Civil Veterinary Dept. Bombay admin report 1923-31 - 1923-1931
Year: 1923
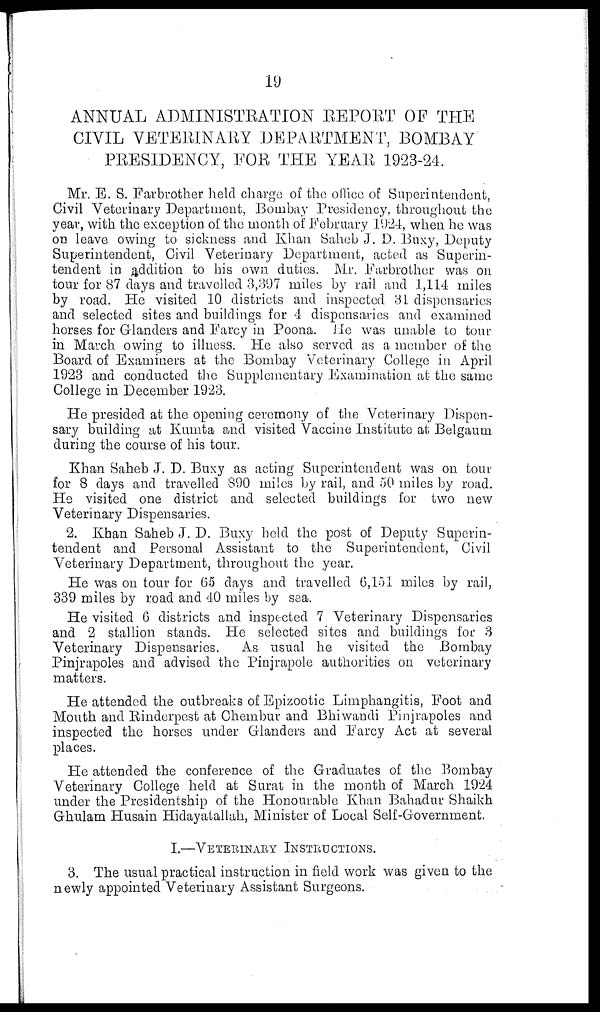
19
ANNUAL ADMINISTRATION REPORT OF THE
CIVIL VETERINARY DEPARTMENT, BOMBAY
PRESIDENCY, FOR THE YEAR 1923-24.
Mr. E. S. Farbrother held charge of the office of Superintendent,
Civil Veterinary Department, Bombay Presidency, throughout the
year, with the exception of the month of February 1924, when he was
on leave owing to sickness and Khan Saheb J. D. Buxy, Deputy
Superintendent, Civil Veterinary Department, acted as Superin-
tendent in addition to his own duties. Mr. Farbrother was on
tour for 87 days and travelled 3,397 miles by rail and 1,114 miles
by road. He visited 10 districts and inspected 31 dispensaries
and selected sites and buildings for 4 dispensaries and examined
horses for Glanders and Farcy in Poona. lie was unable to tour
in March owing to illness. He also served as a member of the
Board of Examiners at the Bombay Veterinary College in April
1923 and conducted the Supplementary Examination at the same
College in December 1923.
He presided at the opening ceremony of the Veterinary Dispen-
sary building at Kumta and visited Vaccine Institute at Belgaum
during the course of his tour.
Khan Saheb J. D. Buxy as acting Superintendent was on tour
for 8 days and travelled 890 miles by rail, and 50 miles by road.
He visited one district and selected buildings for two new
Veterinary Dispensaries.
2. Khan Saheb J. D. Buxy held the post of Deputy Superin-
tendent and Personal Assistant to the Superintendent, Civil
Veterinary Department, throughout the year.
He was on tour for 65 days and travelled 6,151 miles by rail,
339 miles by road and 40 miles by sea.
He visited 6 districts and inspected 7 Veterinary Dispensaries
and 2 stallion stands. He selected sites and buildings for 3
Veterinary Dispensaries.
As usual he visited the Bombay
Pinjrapoles and advised the Pinjrapole authorities on veterinary
matters.
He attended the outbreaks of Epizootic Limphangitis, Foot and
Mouth and Rinderpest at Chembur and Bhiwandi Pinjrapoles and
inspected the horses under Glanders and Farcy Act at several
places.
He attended the conference of the Graduates of the Bombay
Veterinary College held at Surat in the month of March 1924
under the Presidentship of the Honourable Khan Bahadur Shaikh
Ghulam Husain Hidayatallah, Minister of Local Self-Government.
I.—VETERINARY INSTRUCTIONS.
3. The usual practical instruction in field work was given to the
newly appointed Veterinary Assistant Surgeons.